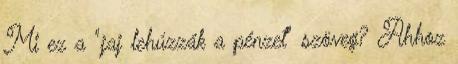
Mi ez a "jaj lehúzzák a pénzet" szöveg? Ahhoz